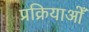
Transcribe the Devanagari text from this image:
प्रक्रियाओँ